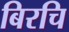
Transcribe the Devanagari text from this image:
बिरचि